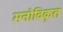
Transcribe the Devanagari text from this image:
मनोविकृत